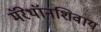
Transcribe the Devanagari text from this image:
मॅरेथॉनशिवाय